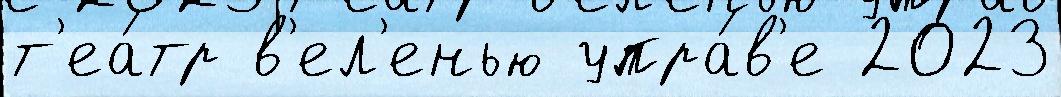
т'еа́тр в'ел'енью упра́в'е 2023